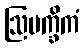
ဩမက္ခိကံ